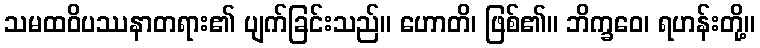
သမထဝိပဿနာတရား၏ ပျက်ခြင်းသည်။ ဟောတိ၊ ဖြစ်၏။ ဘိက္ခဝေ၊ ရဟန်းတို့။